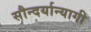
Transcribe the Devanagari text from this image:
सौन्दर्यान्यागी